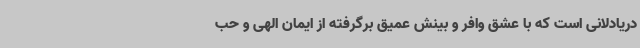
دریادلانی است که با عشق وافر و بینش عمیق برگرفته از ایمان الهی و حب